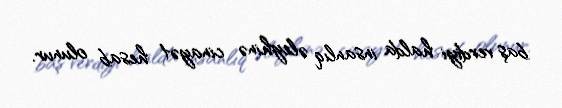
baş verdiyi halda insanlıq əleyhinə cinayət hesab olunur.